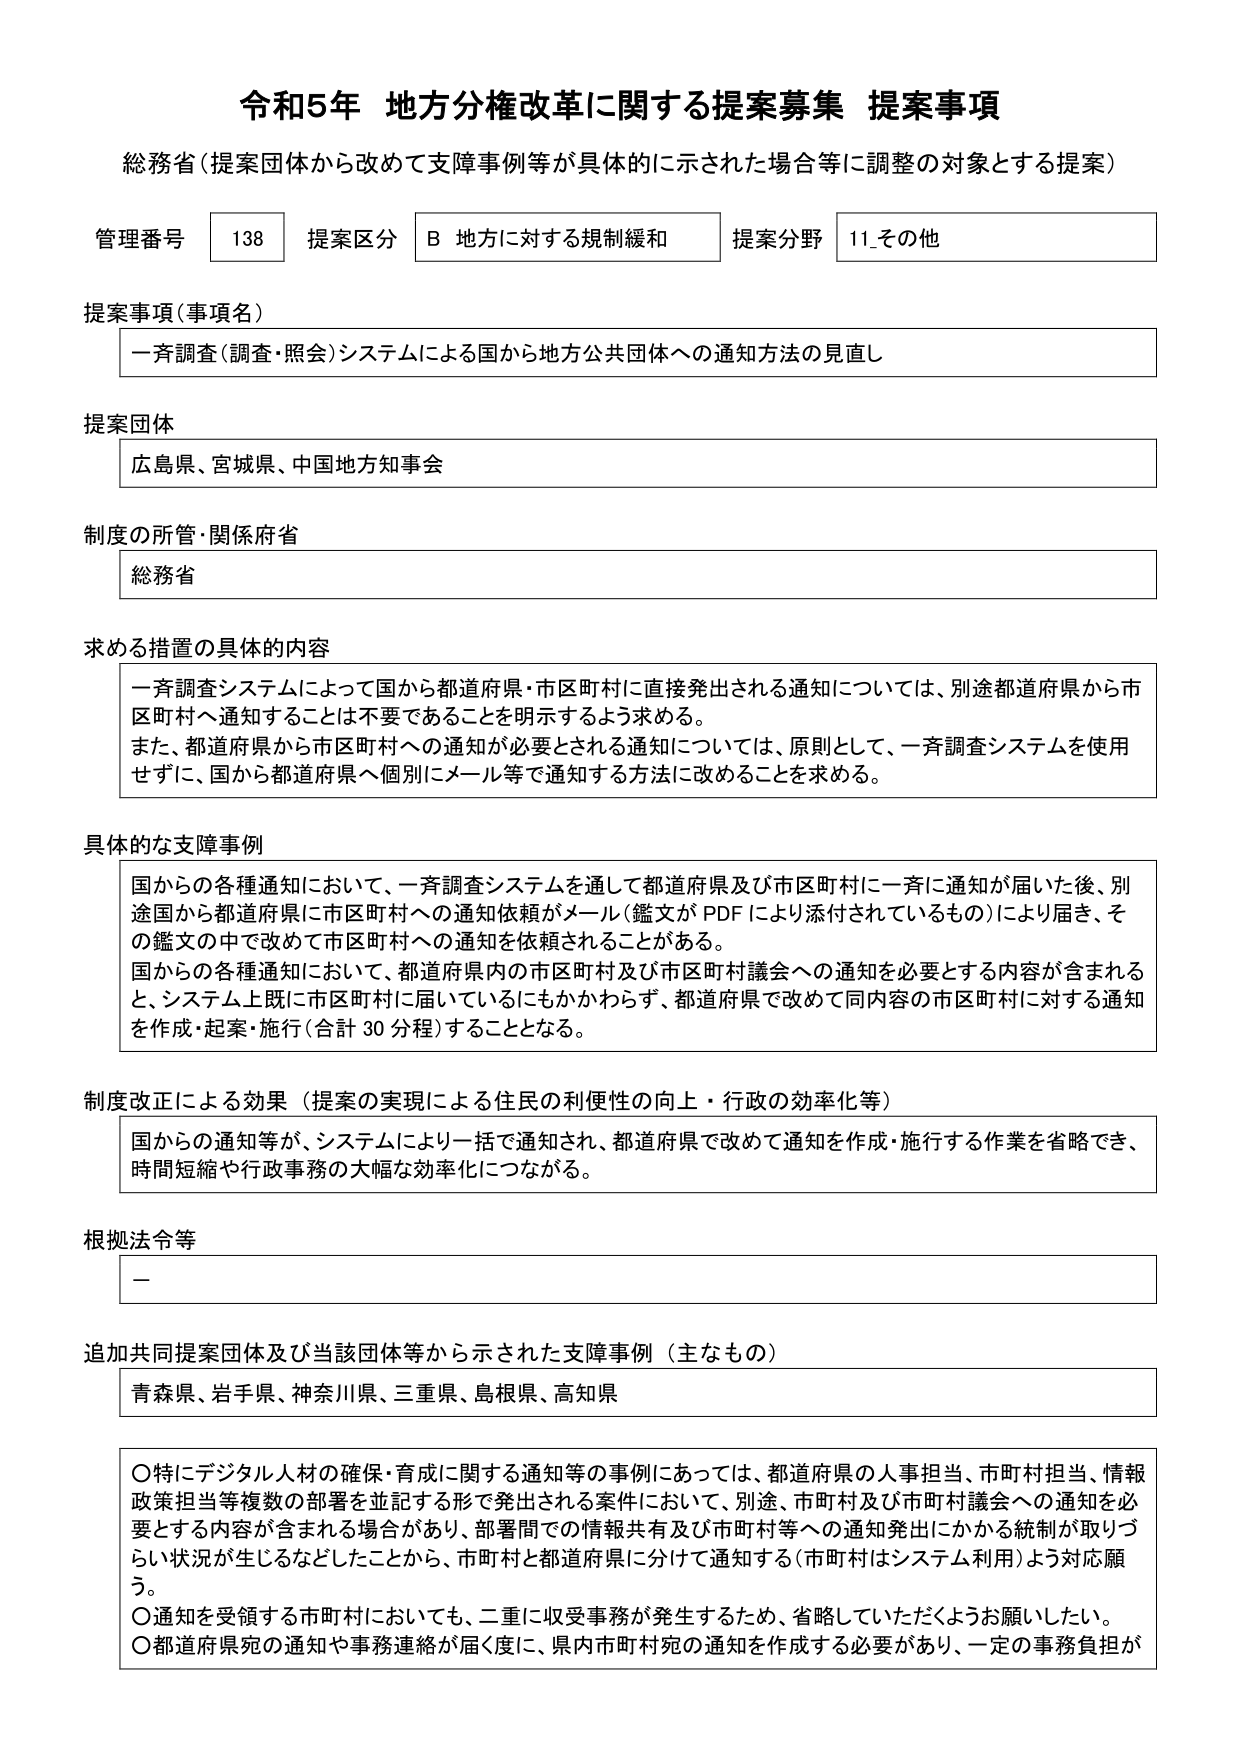
令和5年 地方分権改革に関する提案募集 提案事項
総務省（提案団体から改めて支障事例等が具体的に示された場合等に調整の対象とする提案）

管理番号 138 提案区分 B 地方に対する規制緩和 提案分野 11_その他

提案事項（事項名）
一斉調査（調査・照会）システムによる国から地方公共団体への通知方法の見直し

提案団体
広島県、宮城県、中国地方知事会

制度の所管・関係府省
総務省

求める措置の具体的内容
一斉調査システムによって国から都道府県・市区町村に直接発出される通知については、別途都道府県から市区町村へ通知することは不要であることを明示するよう求める。
また、都道府県から市区町村への通知が必要とされる通知については、原則として、一斉調査システムを使用せずに、国から都道府県へ個別にメール等で通知する方法に改めることを求める。

具体的な支障事例
国からの各種通知において、一斉調査システムを通して都道府県及び市区町村に一斉に通知が届いた後、別途国から都道府県に市区町村への通知依頼がメール（鑑文がPDFにより添付されているもの）により届き、その鑑文の中で改めて市区町村への通知を依頼されることがある。
国からの各種通知において、都道府県内の市区町村及び市区町村議会への通知を必要とする内容が含まれると、システム上既に市区町村に届いているにもかかわらず、都道府県で改めて同内容の市区町村に対する通知を作成・起案・施行（合計30分程）することとなる。

制度改正による効果（提案の実現による住民の利便性の向上・行政の効率化等）
国からの通知等が、システムにより一括で通知され、都道府県で改めて通知を作成・施行する作業を省略でき、時間短縮や行政事務の大幅な効率化につながる。

根拠法令等
－

追加共同提案団体及び当該団体等から示された支障事例（主なもの）
青森県、岩手県、神奈川県、三重県、島根県、高知県

〇特にデジタル人材の確保・育成に関する通知等の事例にあっては、都道府県の人事担当、市町村担当、情報政策担当等複数の部署を並記する形で発出される案件において、別途、市町村及び市町村議会への通知を必要とする内容が含まれる場合があり、部署間での情報共有及び市町村等への通知発出にかかる統制が取りづらい状況が生じるなどしたことから、市町村と都道府県に分けて通知する（市町村はシステム利用）よう対応願う。
〇通知を受領する市町村においても、二重に収受事務が発生するため、省略していただくようお願いしたい。
〇都道府県宛の通知や事務連絡が届く度に、県内市町村宛の通知を作成する必要があり、一定の事務負担が